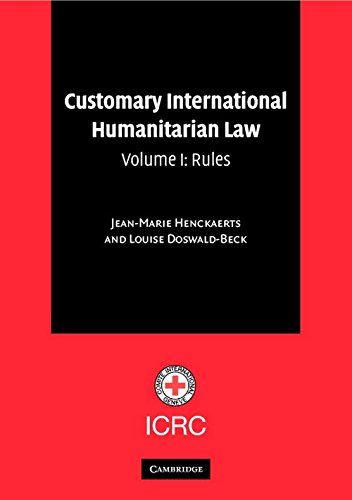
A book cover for Customary International Humanitarian Law: Volume 1, Rules; Jean-Marie Henckaerts; Law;